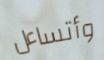
وأتساءل